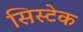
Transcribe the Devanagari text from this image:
सिस्टेक